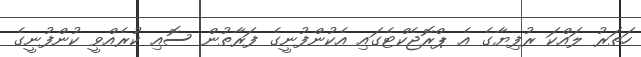
ހަތަރު ލައްކަ ރުފިޔާގެ އެ ޕްރޮޖެކްޓެގައި އެކުންފުނީގެ ފަރާތުން ސޮއި ކުރެއްވީ ކުންފުނީގެ